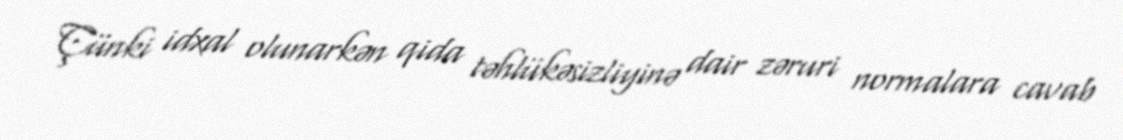
Çünki idxal olunarkən qida təhlükəsizliyinə dair zəruri normalara cavab